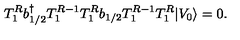
T _ { 1 } ^ { R } b { ^ \dagger _ { 1 / 2 } } T _ { 1 } ^ { R - 1 } T _ { 1 } ^ { R } b _ { 1 / 2 } T _ { 1 } ^ { R - 1 } T _ { 1 } ^ { R } \vert V _ { 0 } \rangle = 0 .